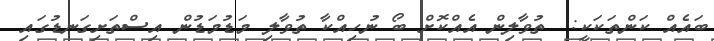
ބައެއް ކަންތަކަކީ:  ތުވާލިން އެއްކޮށް ބޯ ނުހިއްކާ ތުވާލި މަޑުމަޑުން އިސްތަށިގަނޑުގައި